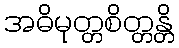
အဓိမုတ္တစိတ္တန္တိ